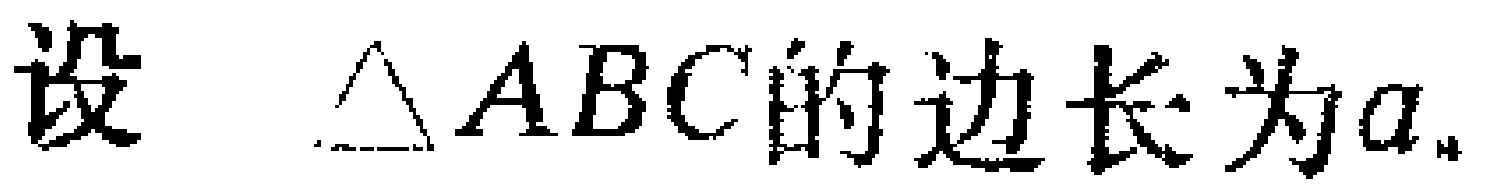
设 $\triangle ABC$的边长为$a$.